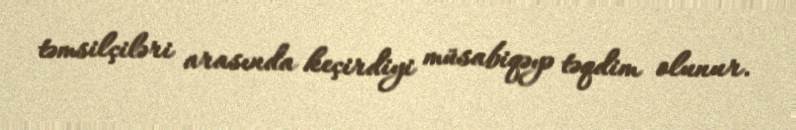
təmsilçiləri arasında keçirdiyi müsabiqəyə təqdim olunur.